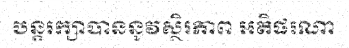
បន្តរក្សាបាននូវស្ថិរភាព អតិផរណា